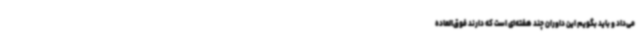
می‌داد و باید بگویم این داوران چند هفته‌ای است که دارند فوق‌العاده